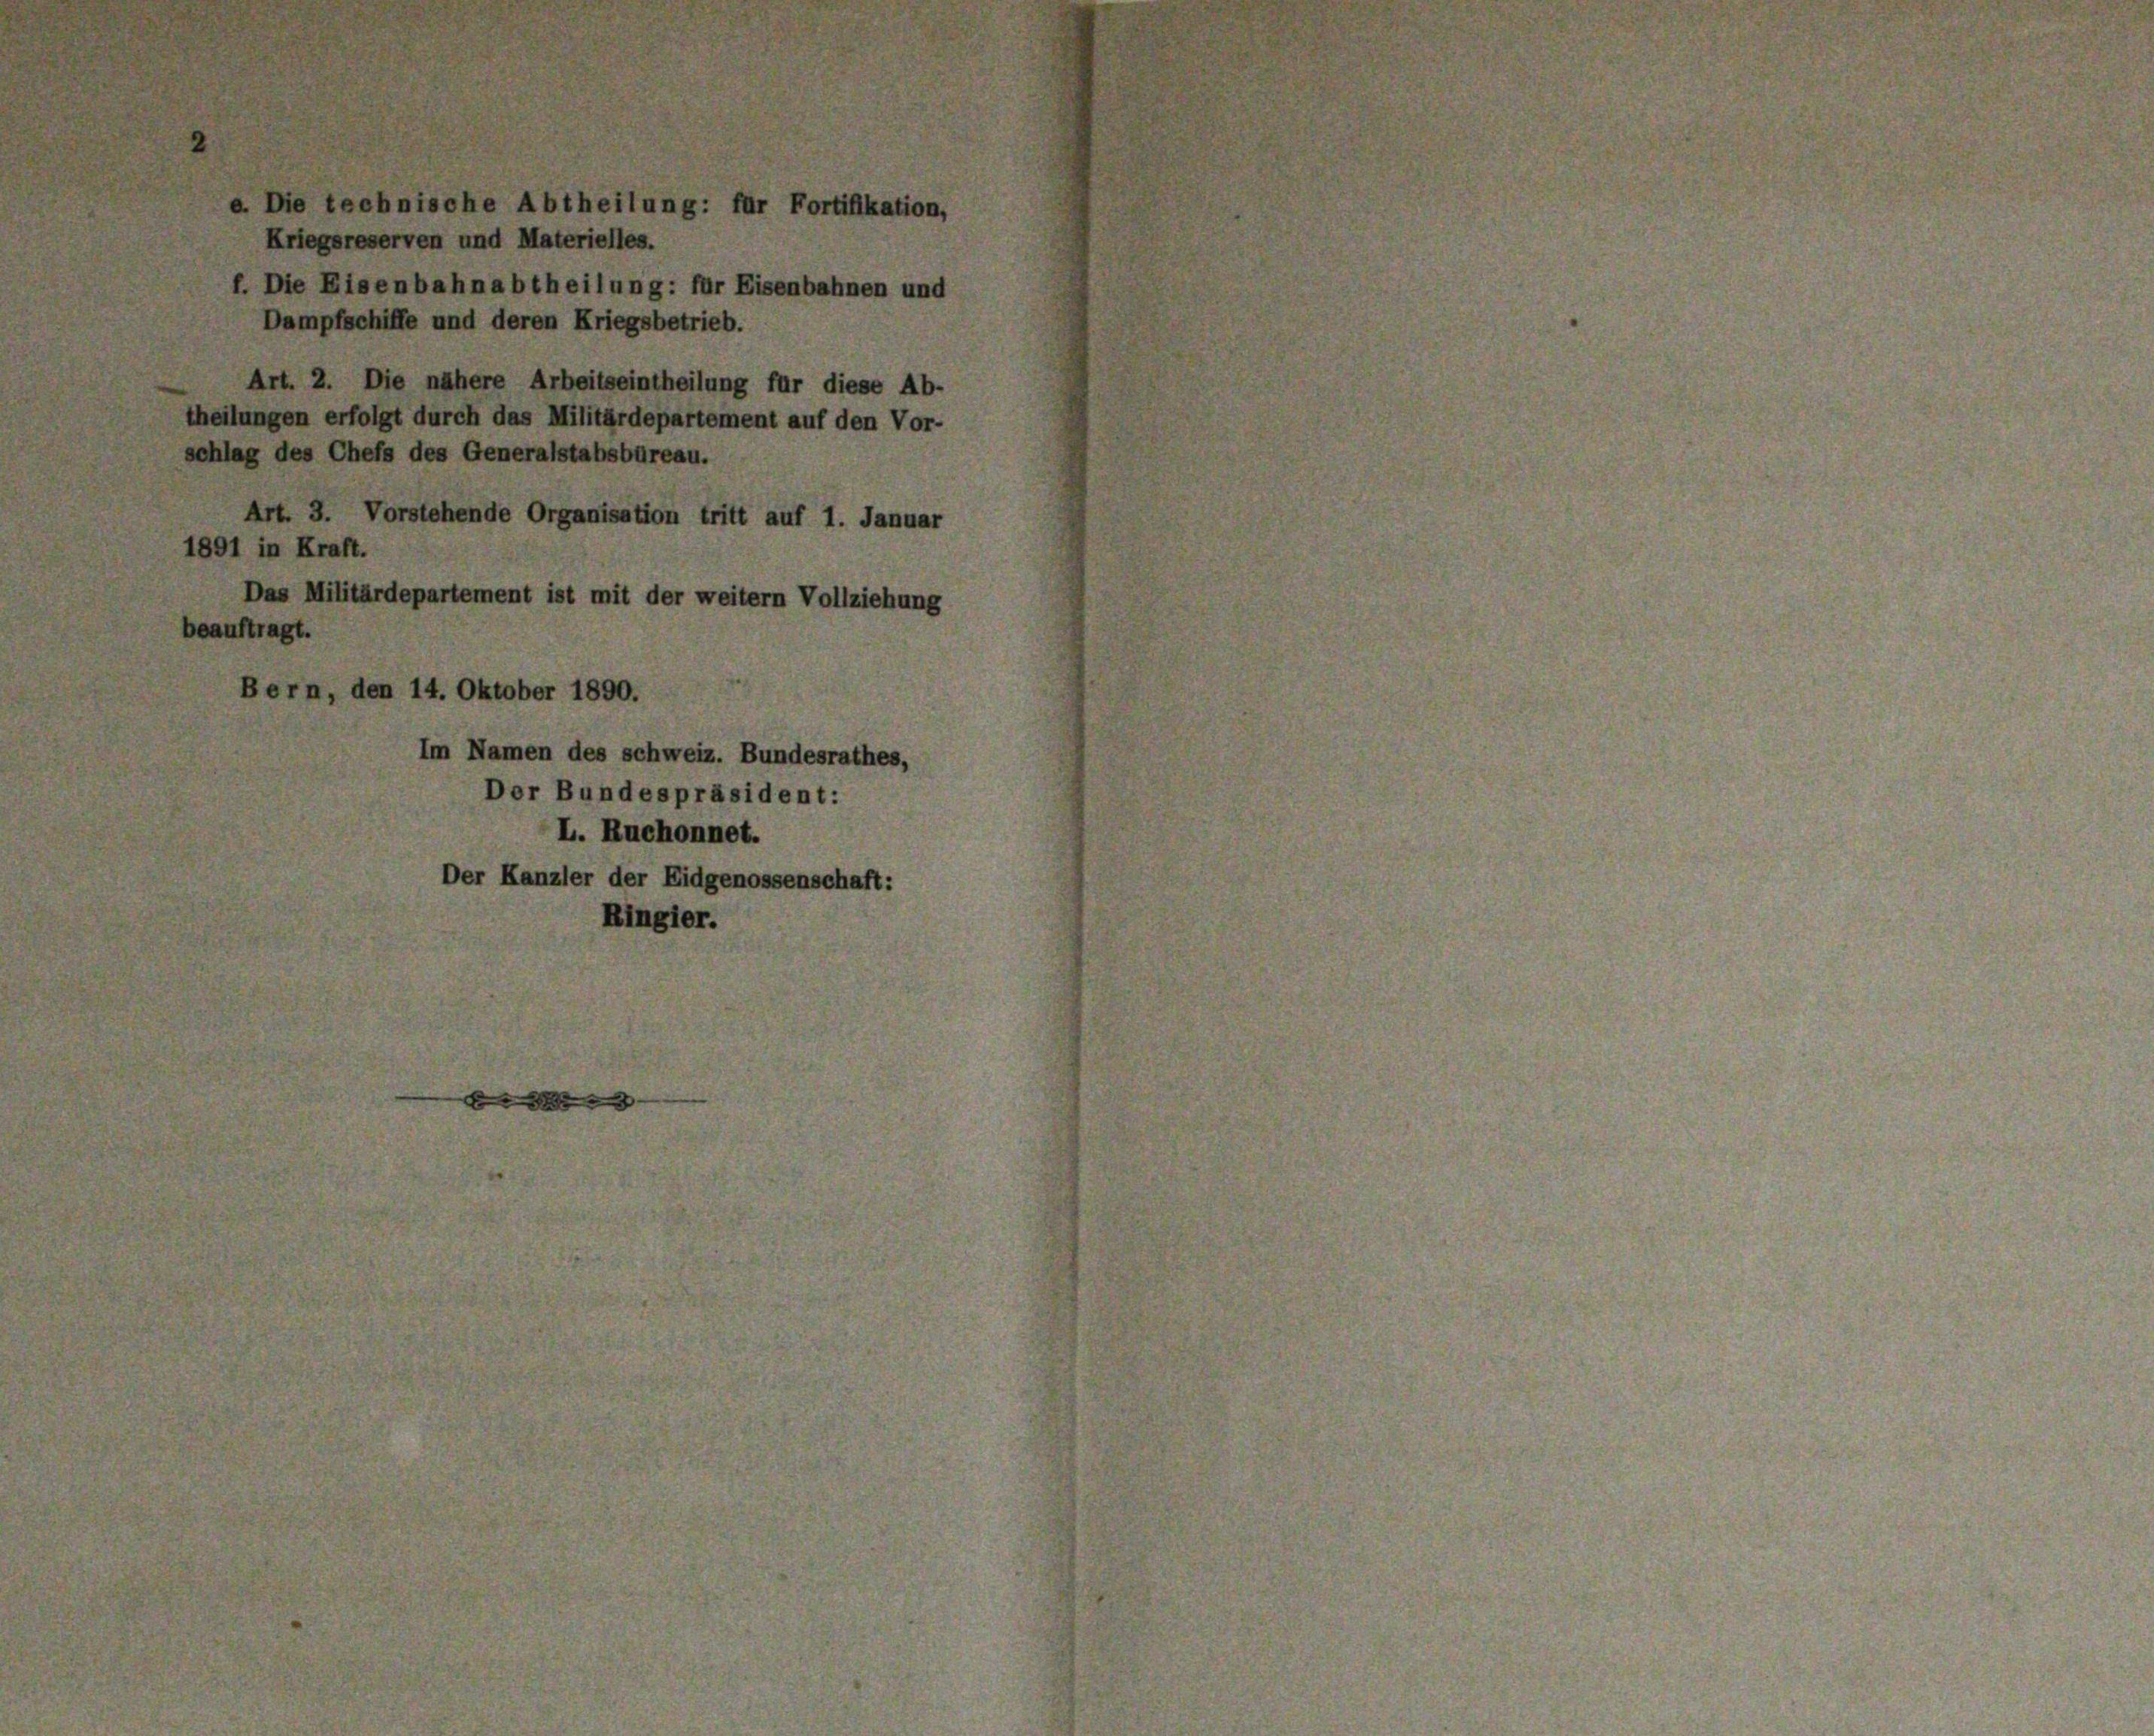
e. Die technische Abtheilung: für Fortifikation,
Dampfschiffe und deren Kriegsbetrieb.
Art. 2. Die nähere Arbeitseintheilung für diese Ab-

Kriegsreserven und Materielles.
f. Die Eisenbahnabtheilung: für Eisenbahnen und

theilungen erfolgt durch das Militärdepartement auf den Vor-
schlag des Chefs des Generalstabsbureau.
Art. 3. Vorstehende Organisation tritt auf 1. Januar
1891 in Kraft.
Das Militärdepartement ist mit der weitern Vollziehung
beauftragt.

Bern, den 14. Oktober 1890.
Im Namen des schweiz. Bundesrathes,
Der Bundespräsident:
L. Ruchonnet.

Der Kanzler der Eidgenossenschaft:
Ringier.